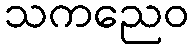
သကညေဝ